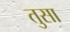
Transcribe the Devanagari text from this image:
तुसा